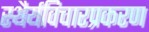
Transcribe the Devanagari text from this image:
स्थैर्यविचारप्रकरण